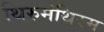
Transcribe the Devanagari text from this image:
थिरुमंथिरम